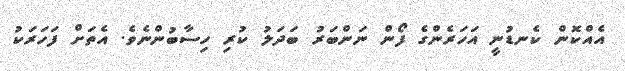
އެއްކޮން ކެނޑުނީ އަހަރެންގެ ފޯން ނަންބަރު ބަދަލު ކުރި ހިސާބުންނެވެ. އެތަށް ފަހަރަކު